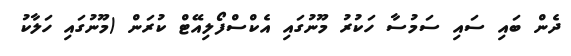
ދެން ބައި ސައި ސަމުސާ ހަކުރު މޫނުގައި އެކްސްފޯލިއޭޓް ކުރަން (މޫނުގައި ހަލާކު